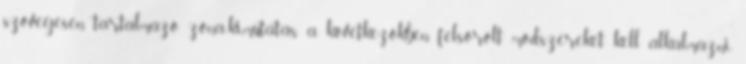
szövegesen tartalmazó zóna-kimutatás a következõkben felsorolt módszereket kell alkalmazni